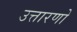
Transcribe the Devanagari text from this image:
उत्तारणो